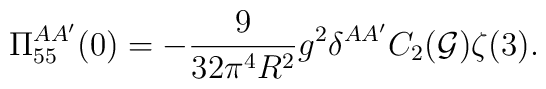
\Pi_{55}^{AA'}(0)=-\frac{9}{32\pi^4R^2}g^2\delta^{AA'}C_2({\cal G})\zeta(3).